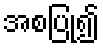
အစပြု၍